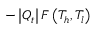
- \left| Q _ { t } \right| F \left( T _ { h } , T _ { l } \right)